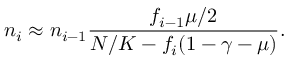
n _ { i } \approx n _ { i - 1 } \frac { f _ { i - 1 } \mu / 2 } { N / K - f _ { i } ( 1 - \gamma - \mu ) } .